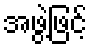
အဖွဲ့ဖြင့်